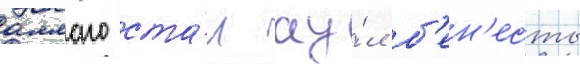
аллаго ста́л ау́л б'ен'есты